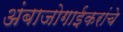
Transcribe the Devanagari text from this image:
अंबाजोगाईकरांचे